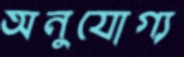
অনুযোগ্য